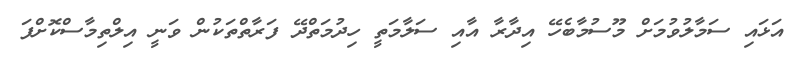
އަޅައި ސަމާލުވުމަށް މޫސުމާބެހޭ އިދާރާ އާއި ސަލާމަތީ ހިދުމަތްދޭ ފަރާތްތަކުން ވަނީ އިލްތިމާސްކޮށްފަ